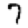
Digit: 7